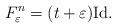
LaTeX: \begin{align*}F_\varepsilon^n = (t+\varepsilon){\rm Id}. \end{align*}